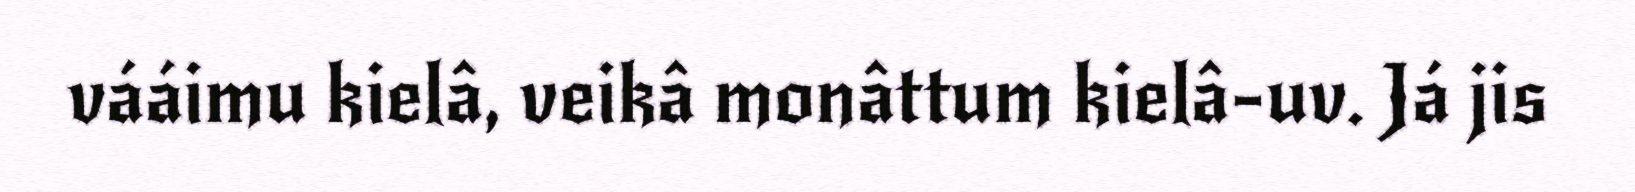
vááimu kielâ, veikâ monâttum kielâ-uv. Já jis